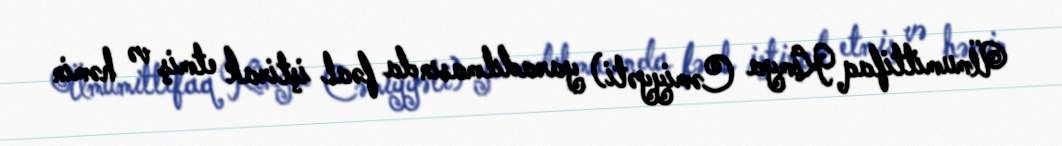
Ümumittifaq Kimya Cəmiyyəti) yaradılmasında fəal iştirak etmiş və həmin